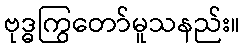
ဗုဒ္ဓကြွတော်မူသနည်း။